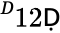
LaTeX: ^Ḋ12\mathsf{Ḍ}